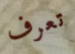
تعرف